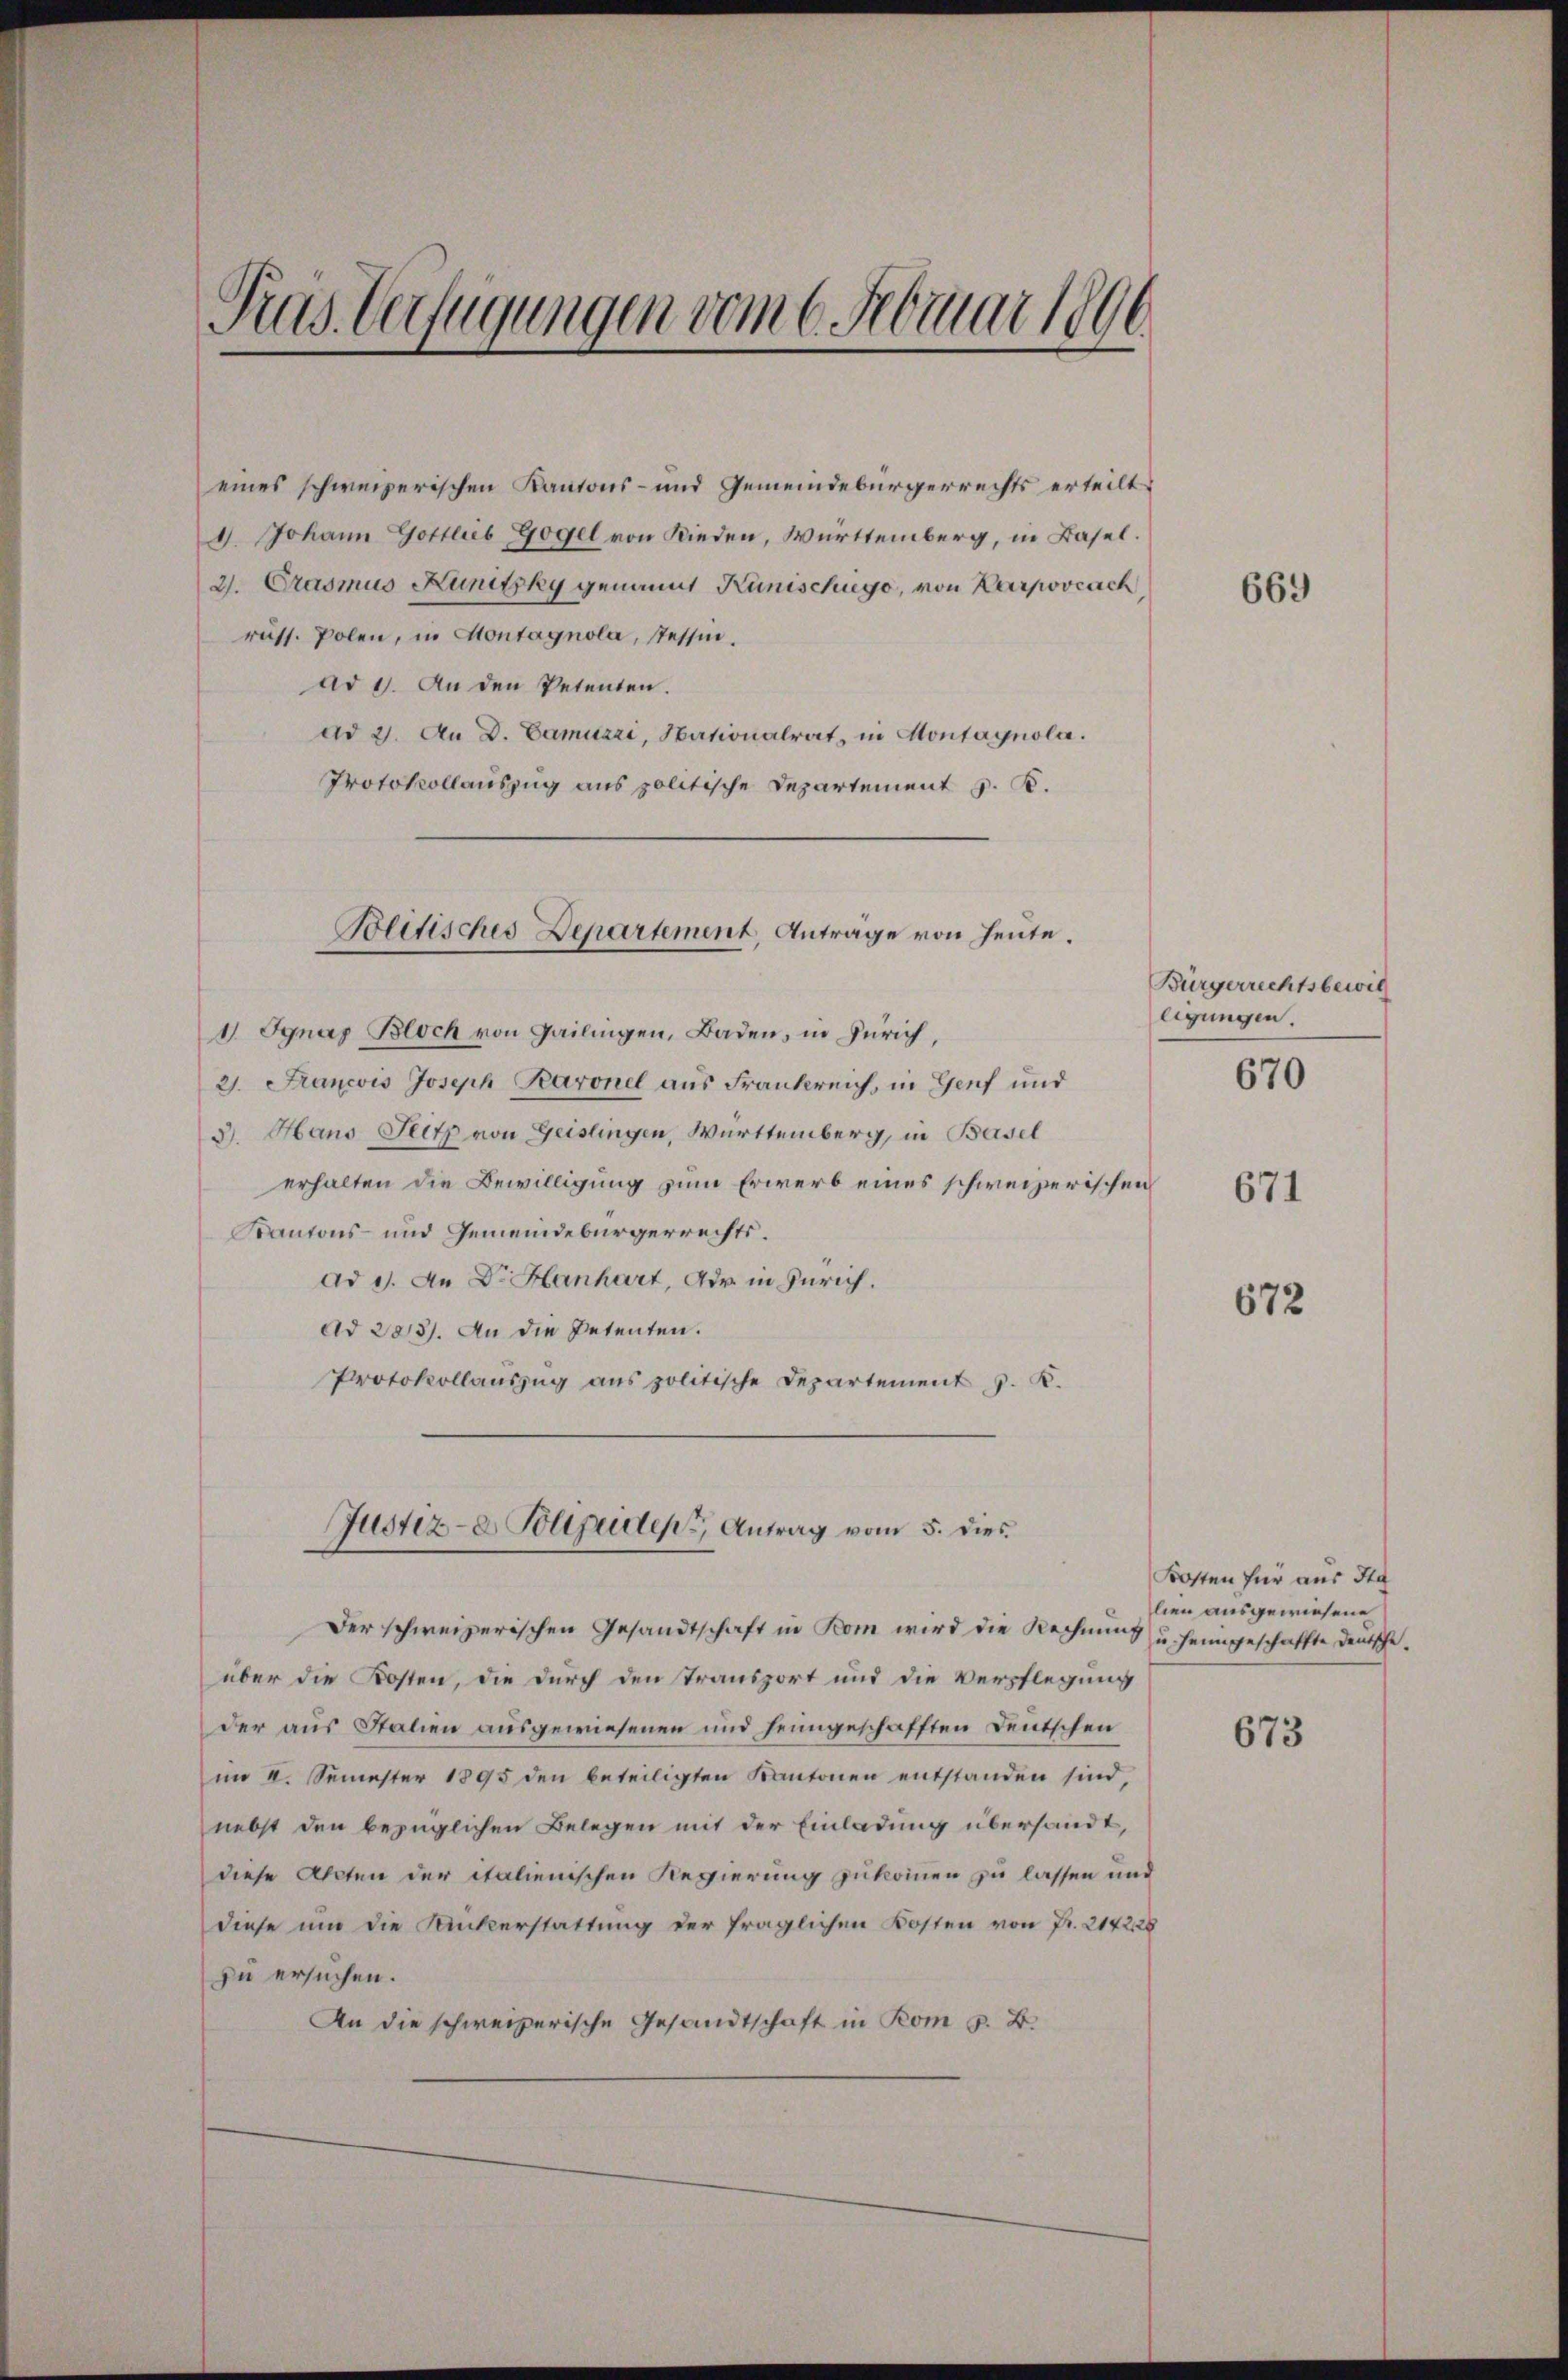
Pras Verfügungen vom 6. Februar 1890

eines schweizerischen Kantons- und Gemeindebürgerrechts erteilt
4. Johann Gottlieb Gogel von Rieden, Württemberg, in Basel.
2. Crasmus Kunitzky genannt Kunischugo, von Karpovcach
räss. Polen, in Montagnola, Tessin.
ad 1. An den Petenten.
ad 2. An D. Camuzzi, Nationalrat, in Montagnola.
Protokollauszug aus politische Departement v. K.

1 Ignaz Bloch von Gailingen, Baden, in Zürich,
21. Francois Joseph Karonel aus Frankreich, in Genf und
3. Hans Seitz von Geislingen, Württemberg, in Basel
erhalten die Bewilligung zum Erwerb eines schweizerischen
Kantons- und Gemeindebürgerrechts.
ad 1. An Dr. Hanhart, Adr in Zürich.
Ad 283). An die Petenten.
Protokollauszug aus politische Departement z. B.

über die Kosten, die durch den Transport und die Verpflegung
der aus Stalien ausgewiesenen und heimgeschafften Deutschen
im I. Semester 1895 den beteiligten Kantonen entstanden sind,
nebst den bezüglichen Belegen mit der Einladung übersandt,
diese Acten der italienischen Regierung zukommen zu lassen und
diese um die Rückerstattung der fraglichen Kosten von Fr. 214228
zu ersuchen.
An die schweizerische Gesandtschaft in Rom z. B.

Bolitisches Departement, Anträge von heute.

Justiz- & Polizeiden Antrag vom 5. dies

Der schweizerischen Gesandtschaft in Rom wird die Rechnung u. heimgeschaffte Deutsche¬

669

Bürgerrechtsbewil
ligungen.

670

671

672

Kosten für aus Ita
lien ausgewiesene

673